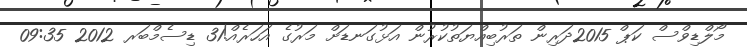
މޯލްޑިވްސް ކަޕް 2015ދަރިން ތަރުބިއްޔަތުކުރުން އަޅުގަނޑަށް މަރުގެ އަހަރެއް!31 ޑިސެމްބަރ 2012 09:35